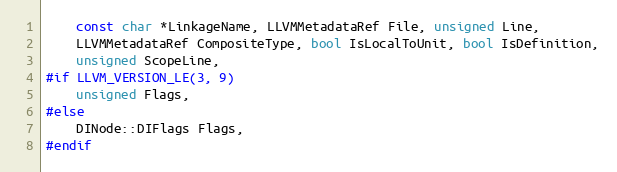
Language: C++
    const char *LinkageName, LLVMMetadataRef File, unsigned Line,
    LLVMMetadataRef CompositeType, bool IsLocalToUnit, bool IsDefinition,
    unsigned ScopeLine,
#if LLVM_VERSION_LE(3, 9)
    unsigned Flags,
#else
    DINode::DIFlags Flags,
#endif